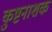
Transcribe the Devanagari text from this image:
कुष्टनाशक